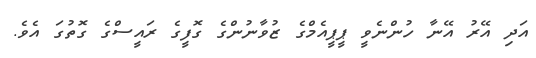
އަދި އޭރު އޭނާ ހުންނެވީ ޕީޕީއެމްގެ ޒުވާނުންގެ ގޮފީގެ ރައީސްގެ ގޮތުގަ އެވެ.